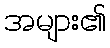
အများ၏